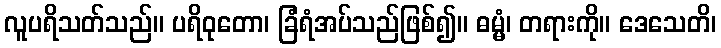
လူပရိသတ်သည်။ ပရိဝုတော၊ ခြံရံအပ်သည်ဖြစ်၍။ ဓမ္မံ၊ တရားကို။ ဒေသေတိ၊